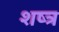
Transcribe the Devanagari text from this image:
शष्त्र